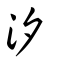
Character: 汐